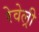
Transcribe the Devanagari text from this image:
रेवेल्री